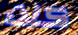
كنت